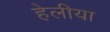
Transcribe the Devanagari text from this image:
हेलीया